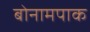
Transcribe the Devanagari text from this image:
बोनामपाक